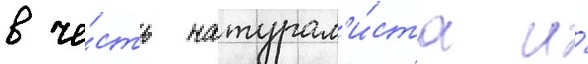
в че́сть натурал'и́ста и́